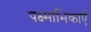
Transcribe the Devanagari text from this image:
पक्ष्माभिकाएँ